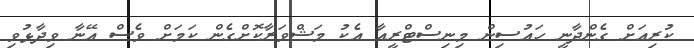
ކުރިއަށް ގެންދާނީ ހައުސިން މިނިސްޓްރީއާ އެކު މަޝްވަރާކޮށްގެން ކަމަށް ވެސް އޭނާ ވިދާޅުވި